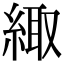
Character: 緅